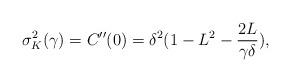
LaTeX: \begin{align*}\sigma_K^2(\gamma)= C''(0)=\delta^2 (1-L^2 -\frac{2L}{\gamma\delta}) ,\end{align*}